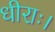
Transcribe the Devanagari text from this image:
धीराः।